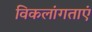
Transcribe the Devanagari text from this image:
विकलांगताएं